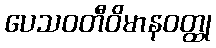
ပေသဝတီဝိမာနဝတ္ထု